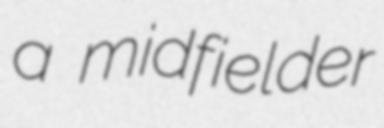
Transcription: a midfielder